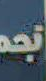
نجم